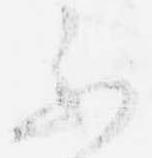
不